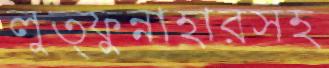
লুত্ফুন্নাহারসহ